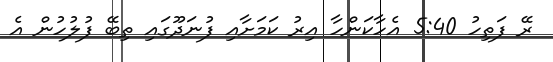
ރޭ ފަތިހު 5:40 އެހާކަންހާ އިރު ކަމަށާއި ފުނަދޫގައި ތިބޭ ފުލުހުން އެ